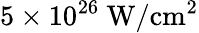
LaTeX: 5\times 10^{26}~\mathrm{W/cm^{2}}